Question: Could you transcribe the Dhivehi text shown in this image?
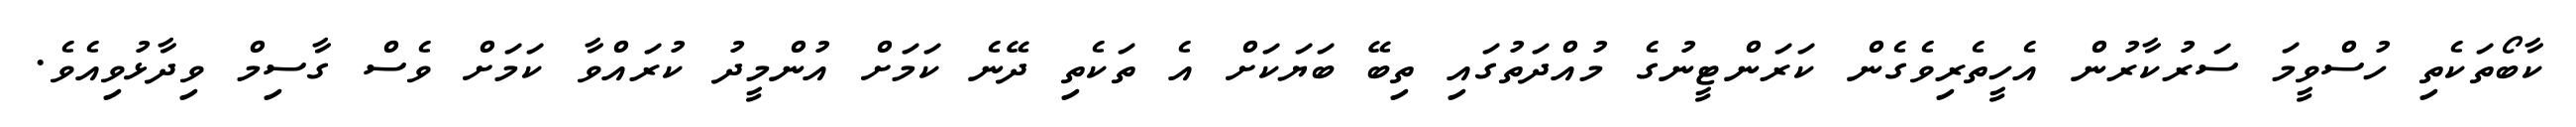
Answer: ކާބޯތަކެތި ހުސްވީމަ ސަރުކާރުން އެހީތެރިވެގެން ކަރަންޓީނުގެ މުއްދަތުގައި ތިބޭ ބަޔަކަށް އެ ތަކެތި ދޭނެ ކަމަށް އުންމީދު ކުރައްވާ ކަމަށް ވެސް ގާސިމް ވިދާޅުވިއެވެ.